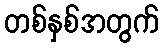
တစ်နှစ်အတွက်